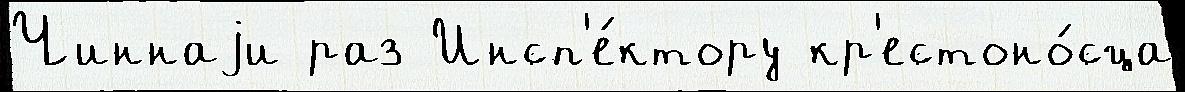
Чиннаjи раз Инсп'е́ктору кр'естоно́сца